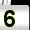
Digit: 5